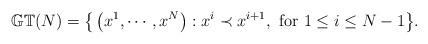
LaTeX: \begin{align*}\mathbb{GT}(N)=\big\{\left(x^1,\cdots,x^N\right): x^i \prec x^{i+1},\textnormal{ for } 1 \le i\le N-1 \big\}.\end{align*}